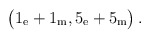
\begin{align*}\bigl(1_{\rm e} + 1_{\rm m}, 5_{\rm e} + 5_{\rm m}\bigr)\, .\end{align*}